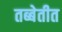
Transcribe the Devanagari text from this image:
तब्बेतीत